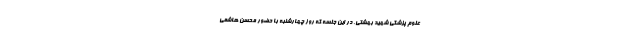
علوم پزشکی شهید بهشتی، در این جلسه که روز چهارشنبه با حضور محسن هاشمی